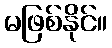
မဖြစ်နိုင်။